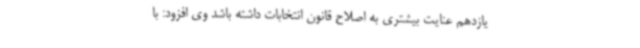
یازدهم عنایت بیشتری به اصلاح قانون انتخابات داشته باشد وی افزود: با